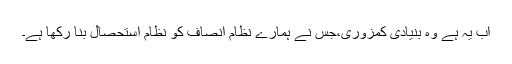
اب یہ ہے وہ بنیادی کمزوری،جس نے ہمارے نظام انصاف کو نظام استحصال بنا رکھا ہے۔